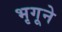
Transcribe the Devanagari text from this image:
भृगूने